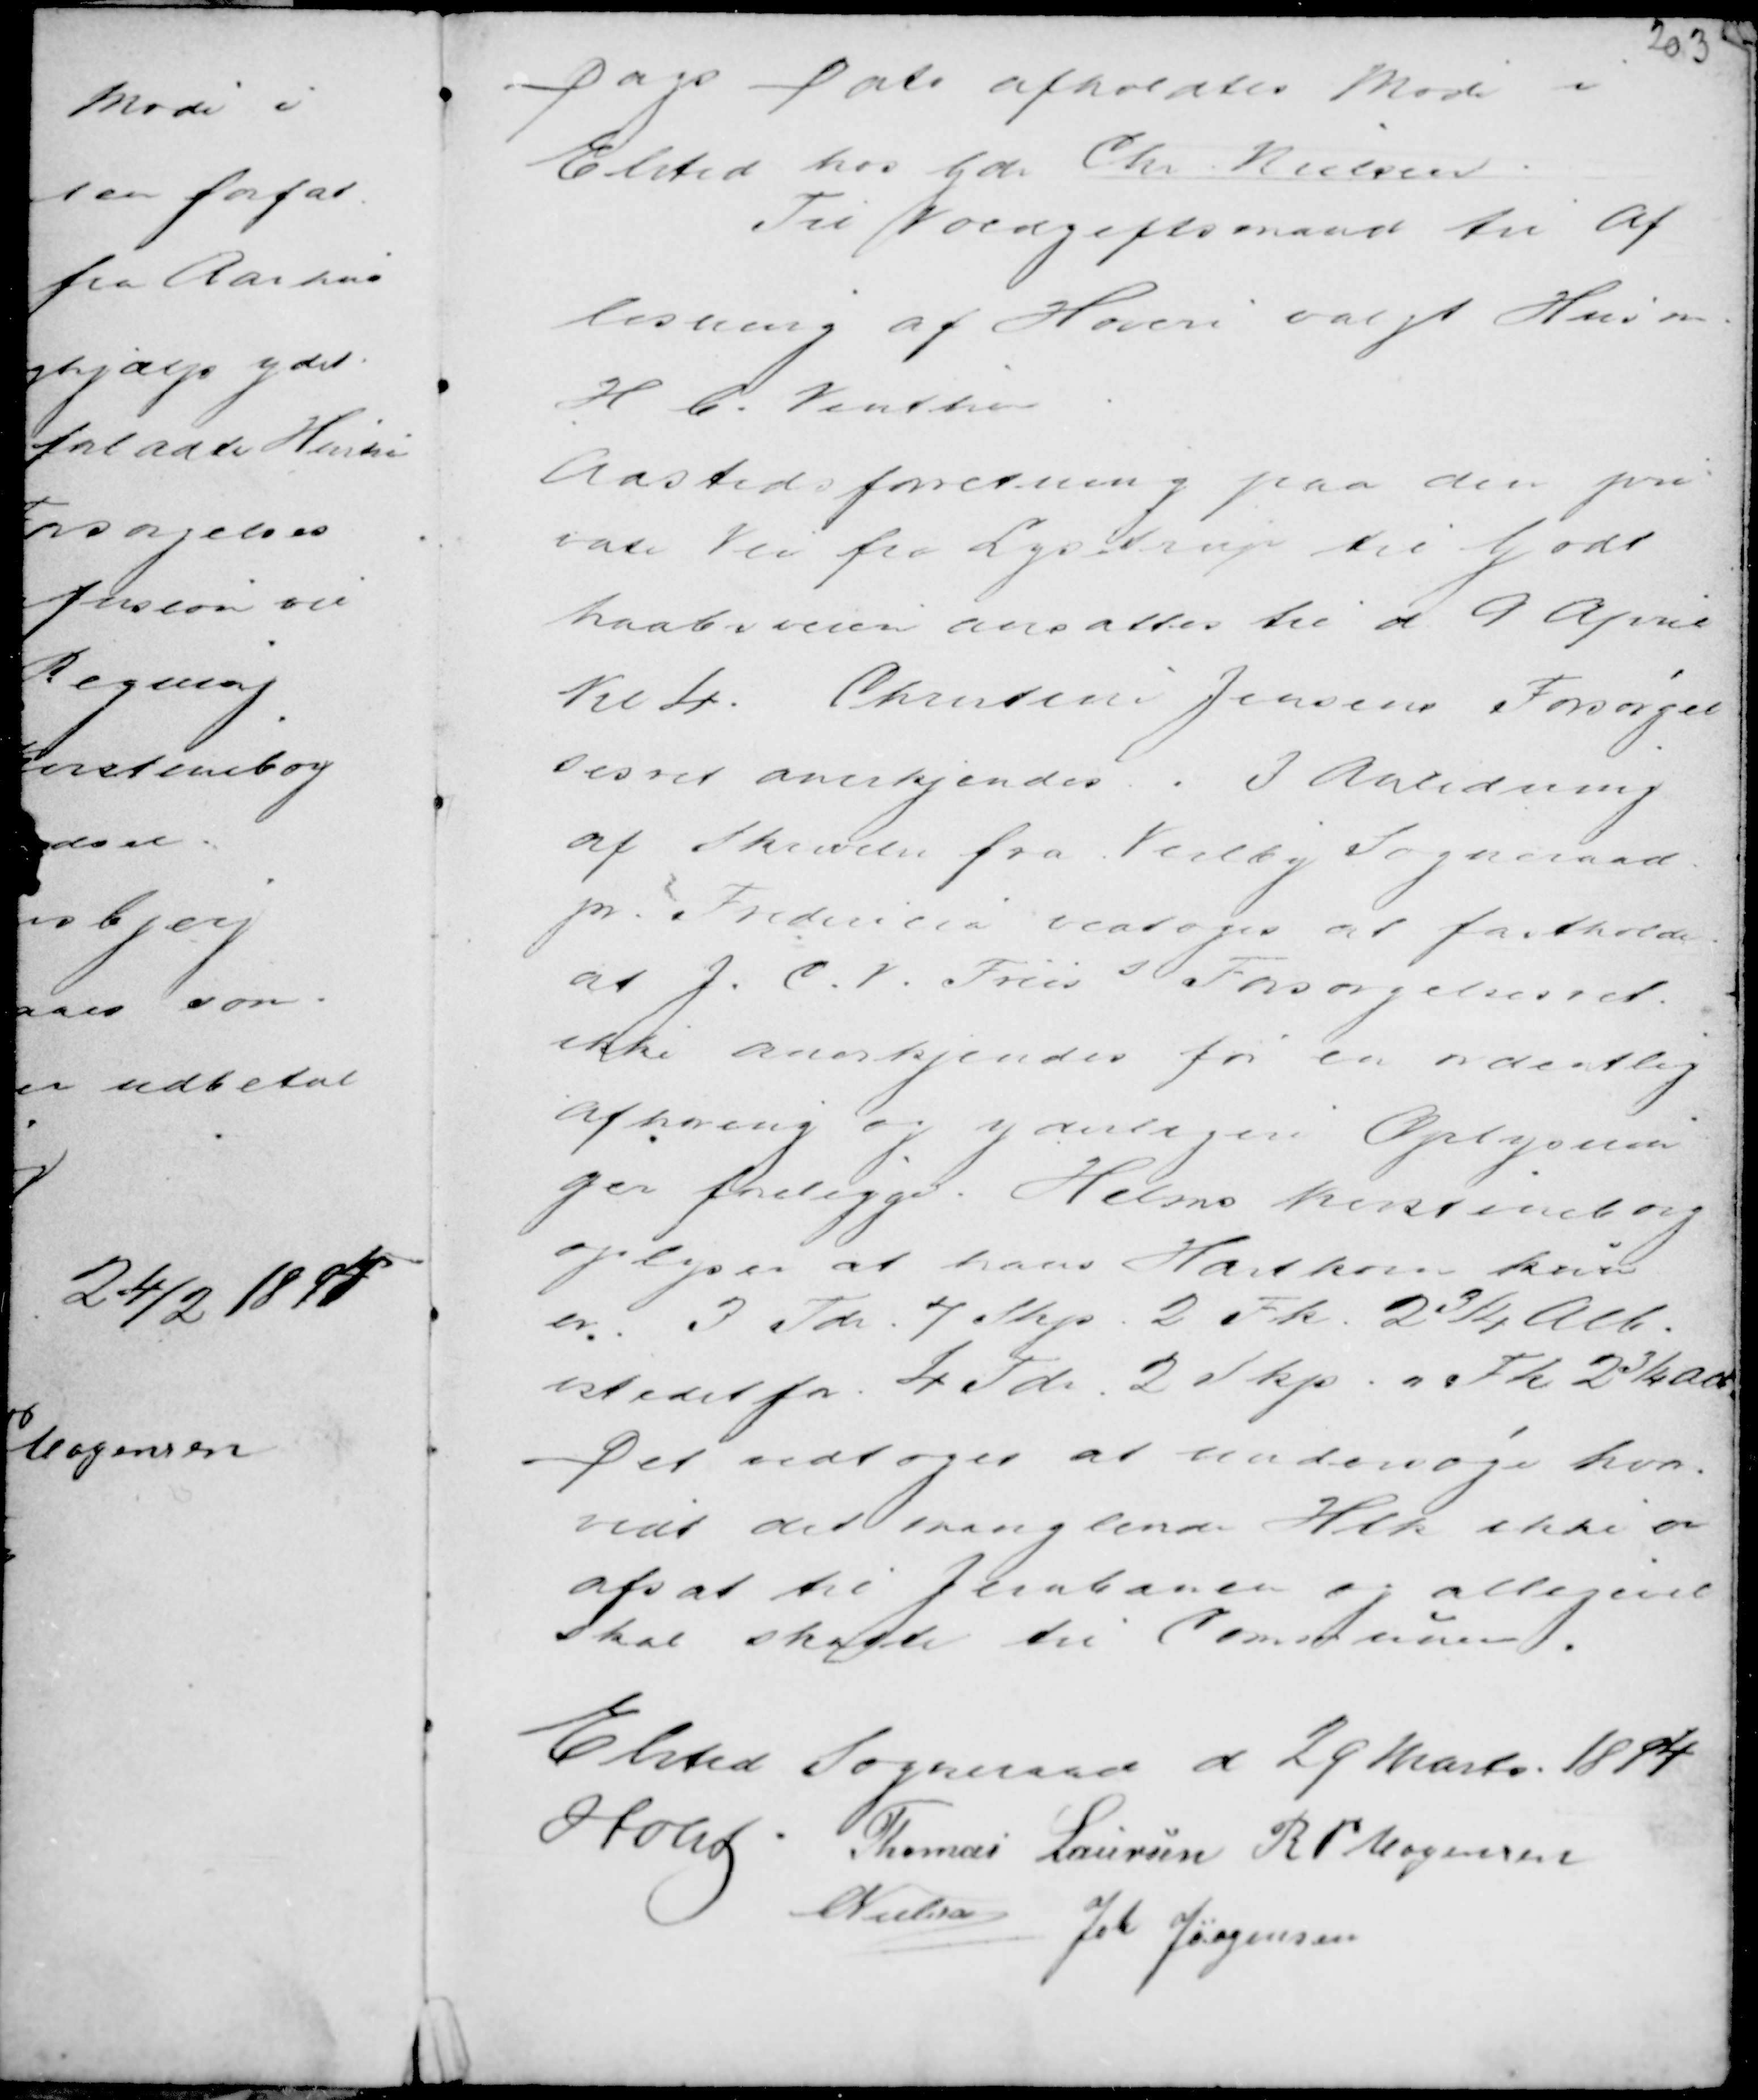
Transskription:
Dags Dato afholdtes Møde i
Elsted hos Gdr Chr. Nielsen
Til Voldgiftsmand til Af
løsning af Hoveri . valgtes Hus m.
H C. Vinther

Aastedsforretning paa den pri
vate Vei fra Lystrup til Godt
haabveien ansattes til d 9 April
Kl 4. Christine Jensens Forsørgel
sesret anerkjendes. I Anledning
af Skrivelse fra Veilby Sogneraad
pr Fredericia vedtoges at fastholde
at J. C. V. Friis s Forsørgelsesret
ikke anerkjendes før en ordentlig
afhøring og yderligere Oplysnin
ger foreligger : Helms Kristineborg
oplyser at hans Hartkorn k.....
er 3 Tdr. 4 Skp. 2 Fk. 2¾ Alb.
istedetfor 4 Tdr. 2 Skp. n Fk. 2¾ Alb.
Det vedtoges at undersøge hvor-
vidt det manglende Htk ikke er
afsat til Jernbanen og alligevel
skal skatte til Communen.

Elsted Sogneraad d 29 Marts 1894
Holst . Thomas Laursen R P Mogensen
C Nielsen Joh Jørgensen